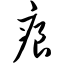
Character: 痕